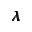
\pmb { \lambda }